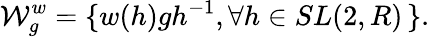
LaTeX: {\cal W}_{g}^{w}=\{ w(h)gh^{-1},\forall h\in SL(2,R)\, \} .